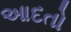
આદતો